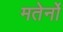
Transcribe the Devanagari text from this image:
मतेर्नो